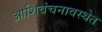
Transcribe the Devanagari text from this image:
आशिवंचनावस्थेत